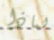
لماذا